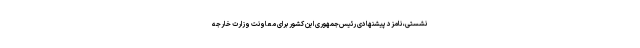
نشستی، نامزد پیشنهادی رئیس‌جمهوری این کشور برای معاونت وزارت خارجه